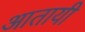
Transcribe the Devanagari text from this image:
आतायी